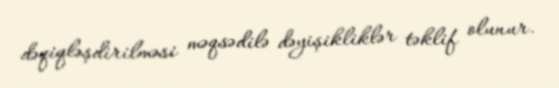
dəqiqləşdirilməsi məqsədilə dəyişikliklər təklif olunur.